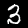
Digit: 3